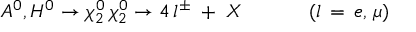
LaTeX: A ^ { 0 } , H ^ { 0 } \rightarrow \chi _ { 2 } ^ { 0 } \, \chi _ { 2 } ^ { 0 } \rightarrow 4 \, l ^ { \pm } \; + \; X \; \; \; \; \, \, \, \, \, \, \, \, \, \, \, \, \, ( l \, = \, e , \, \mu )